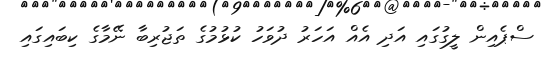
ސްޕެއިން ލީގުގައި އަދި އެއް އަހަރު ދުވަހު ކުޅުމުގެ ތަޖުރިބާ ނޭމާގެ ކިބައިގައި